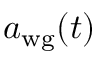
a _ { \mathrm { w g } } ( t )